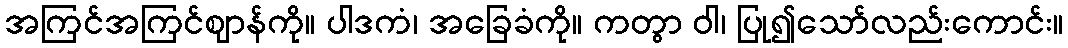
အကြင်အကြင်ဈာန်ကို။ ပါဒကံ၊ အခြေခံကို။ ကတွာ ဝါ၊ ပြု၍သော်လည်းကောင်း။